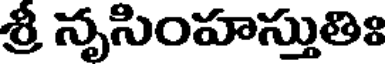
శ్రీ నృసింహస్తుతిః